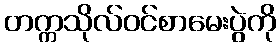
တက္ကသိုလ်ဝင်စာမေးပွဲကို